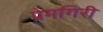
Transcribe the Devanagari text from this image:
प्रेमगिरी